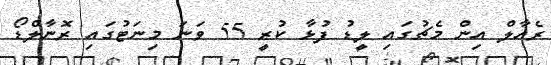
ރެއާލް އިން މެޗުގައި ލީޑު ފުޅާ ކުރީ 55 ވަނަ މިނަޓުގައި ރޮނާލްޑޯ